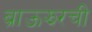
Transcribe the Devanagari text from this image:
ब्राऊझरची